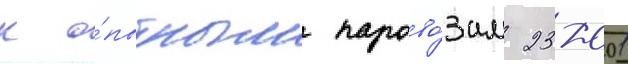
к о́пытным парово́зам 23-001